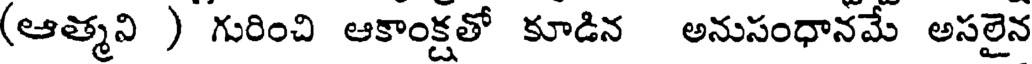
(ఆత్మని ) గురించి ఆకాంక్షతో కూడిన అనుసంధానమే అసలైన